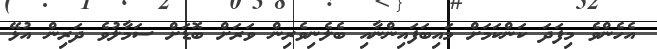
އެހެންވެ މިފަދަ ކަންކަމަށް މައިބަފައިންނާއި ބެލެނިވެރިން ވަރަށް ބޮޑަށް ސަމާލުވެ ދަރިން އުޅޭ